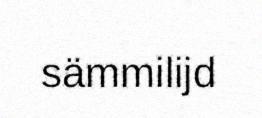
sämmilijd